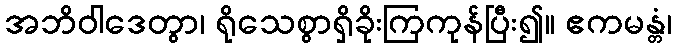
အဘိဝါဒေတွာ၊ ရိုသေစွာရှိခိုးကြကုန်ပြီး၍။ ဧကမန္တံ၊